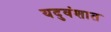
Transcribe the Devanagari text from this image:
यदुवंशात